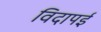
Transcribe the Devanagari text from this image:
विदापई